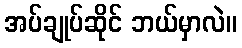
အပ်ချုပ်ဆိုင် ဘယ်မှာလဲ။